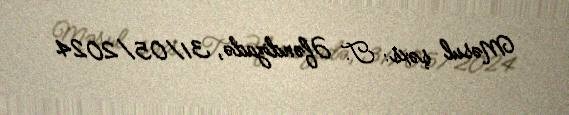
Məsul şəxs: T. Əfəndizadə, 31/05/2024